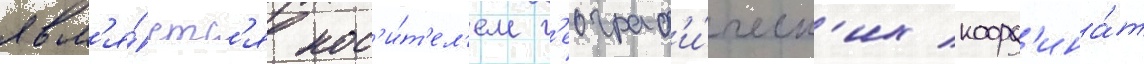
явл'я́етс'я нос'и́т'ел'ем г'еограф'и́ческ'их коорд'ина́т